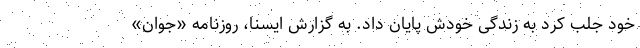
خود جلب کرد به زندگی خودش پایان داد. به گزارش ایسنا، روزنامه «جوان»